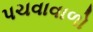
પચવાવાળો